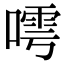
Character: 𠻢